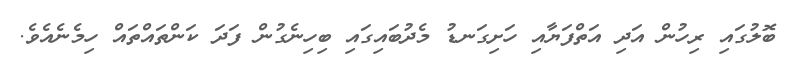
ބޮލުގައި ރިހުން އަދި އަތްފަޔާއި ހަށިގަނޑު މެދުބައިގައި ބިހިނެގުން ފަދަ ކަންތައްތައް ހިމެނެއެވެ.